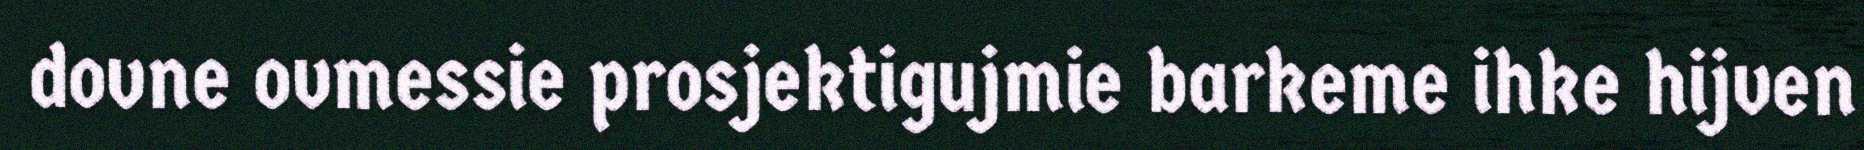
dovne ovmessie prosjektigujmie barkeme ihke hijven